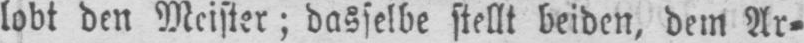
lobt den Meister; dasselbe stellt beiden, dem Ar⸗